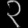
Digit: ၃